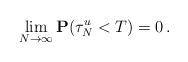
LaTeX: \begin{align*} \lim_{N\rightarrow\infty} \mathbf{P} (\tau^u_N < T) = 0\,.\end{align*}